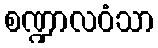
စဏ္ဍာလဝံသာ